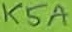
Text: K5A